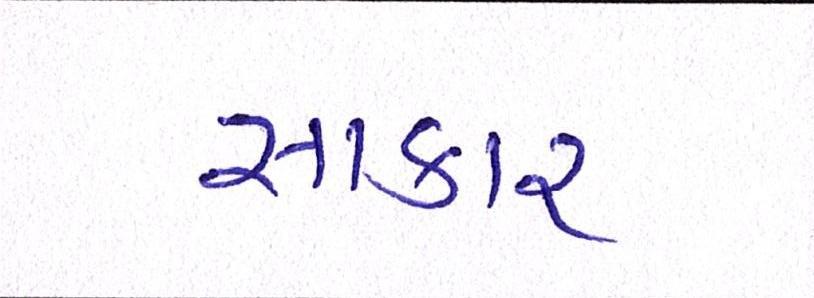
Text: સાકાર